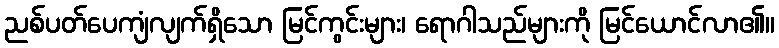
ညစ်ပတ်ပေကျံလျက်ရှိသော မြင်ကွင်းများ၊ ရောဂါသည်များကို မြင်ယောင်လာ၏။